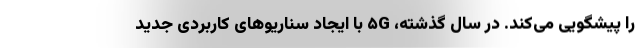
را پیشگویی می‌کند. در سال گذشته، ۵G با ایجاد سناریوهای کاربردی جدید